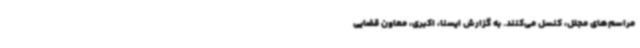
مراسم‌های مجلل، کنسل می‌کنند. به گزارش ایسنا، اکبری، معاون قضایی